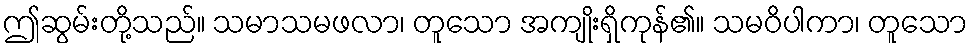
ဤဆွမ်းတို့သည်။ သမာသမဖလာ၊ တူသော အကျိုးရှိကုန်၏။ သမဝိပါကာ၊ တူသော